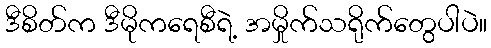
ဒီစိတ်က ဒီမိုကရေစီရဲ့ အမှိုက်သရိုက်တွေပါပဲ။